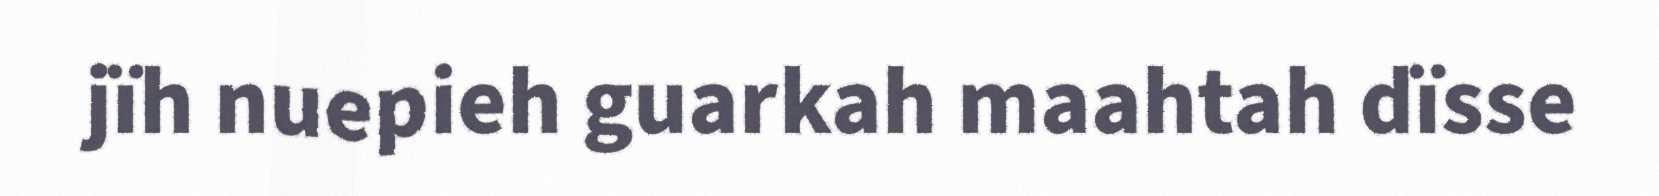
jïh nuepieh guarkah maahtah dïsse